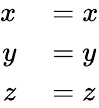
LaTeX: \begin{array}{rl}{x}&{{}=x}\\ {y}&{{}=y}\\ {z}&{{}=z}\end{array}